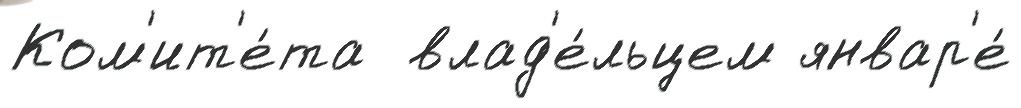
Ком'ит'е́та  влад'е́льцем январ'е́